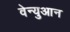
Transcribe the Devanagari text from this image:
वेन्युआन